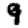
Digit: 9